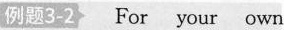
例题3-2 For your own